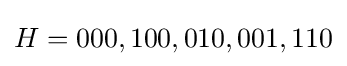
H={000,100,010,001,110}